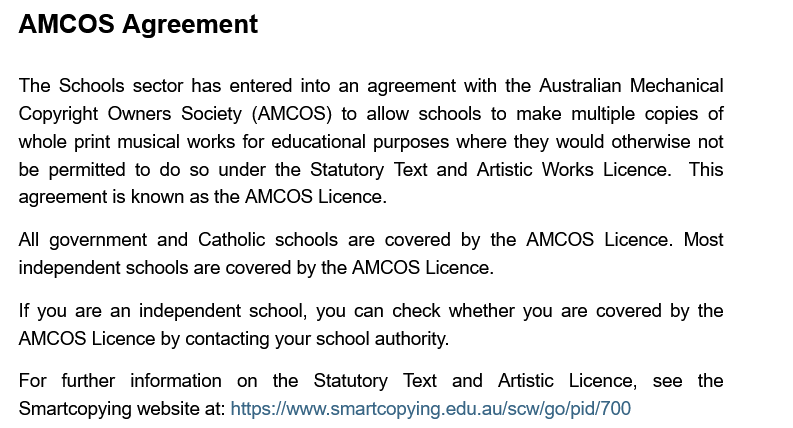
AMCOS   Agreement
  The Schools sector has entered into an agreement with the Australian Mechanical
  Copyright Owners Society (AMCOS) to allow schools to make multiple copies of
  whole print musical works for educational purposes where they would otherwise not
  be permitted to do so under the Statutory Text and Artistic Works Licence. This
  agreement is known as the AMCOS Licence.
  All government and Catholic schools are covered by the AMCOS Licence. Most
  independent schools are covered by the AMCOS Licence.
  If you are an independent school, you can check whether you are covered by the
  AMCOS Licence by contacting your school authority.
  For  further information on the Statutory Text and Artistic Licence, see the
  Smartcopying website at: https://www.smartcopying.edu.au/scw/go/pid/700